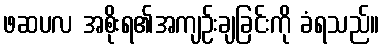
ဖဆပလ အစိုးရ၏အကျဉ်းချခြင်းကို ခံရသည်။